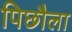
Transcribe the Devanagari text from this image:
पिछौला